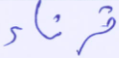
قرناء